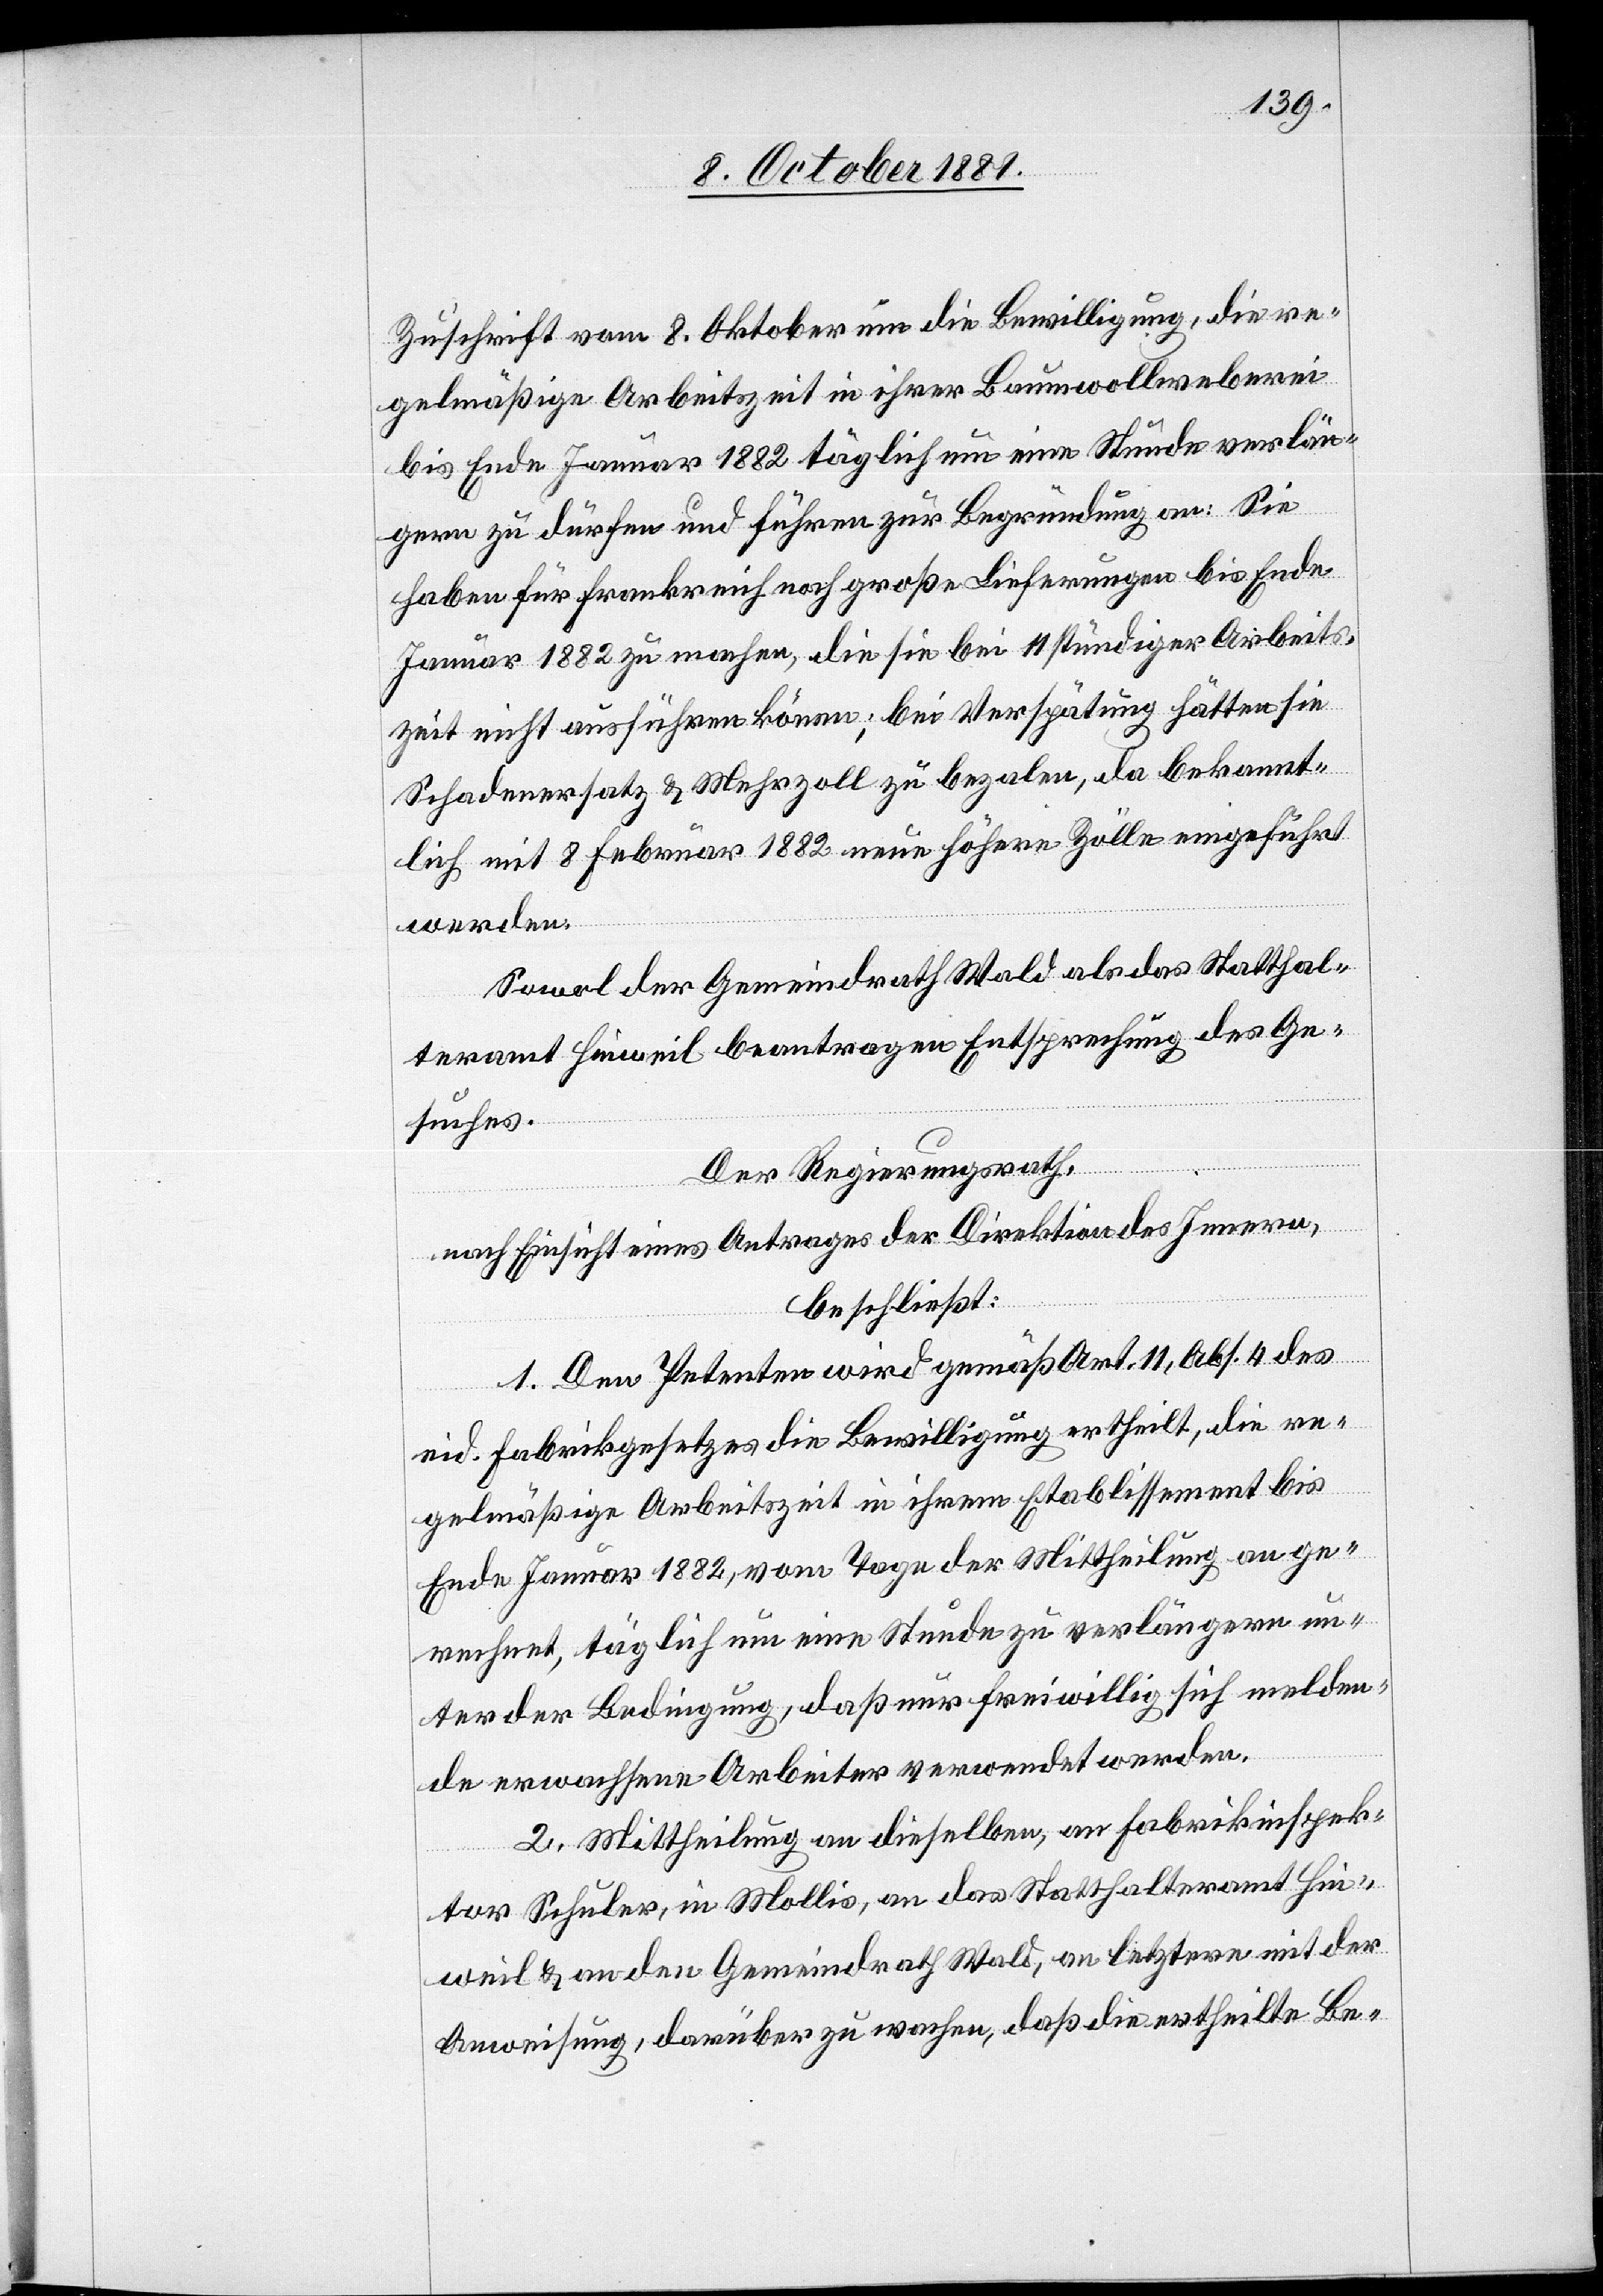
Zuschrift vom 8. Oktober um die Bewilligung, die re¬
gelmäßige Arbeitszeit in ihrer Baumwollweberei
bis Ende Januar 1882 täglich um eine Stunde verlän¬
gern zu dürfen und führen zur Begründung an: Sie
haben für Frankreich noch große Lieferungen bis Ende
Januar 1882 zu machen, die sie bei 11 stündiger Arbeits¬
zeit nicht ausführen können; bei Verspätung hätten sie
Schadenersatz & Mehrzoll zu bezalen, da bekannt¬
lich mit 8 Februar 1882 neue höhere Zölle eingeführt
werden.
Sowol der Gemeindrath Wald als das Statthal¬
teramt Hinweil beantragen Entsprechung des Ge¬
suches.
Der Regierungsrath,
nach Einsicht eines Antrages der Direktion des Innern,
beschließt:
1. Dem Petenten wird gemäß Art. 11, Abs. 4 des
eid. Fabrikgesetzes die Bewilligung ertheilt, die re¬
gelmäßige Arbeitszeit in seinem Etablissement bis
Ende Januar 1882, vom Tage der Mittheilung an ge¬
rechnet, täglich um eine Stunde zu verlängern, un¬
ter der Bedingung, daß nur freiwillig sich melden¬
de erwachsene Arbeiter verwendet werden.
2. Mittheilung an dieselben, an Fabrikinspek¬
tor Schuler, in Mollis, an das Statthalteramt Hin¬
weil und an den Gemeindrath Wald, an letztern mit der
Anweisung, darüber zu wachen, daß die ertheilte Be-